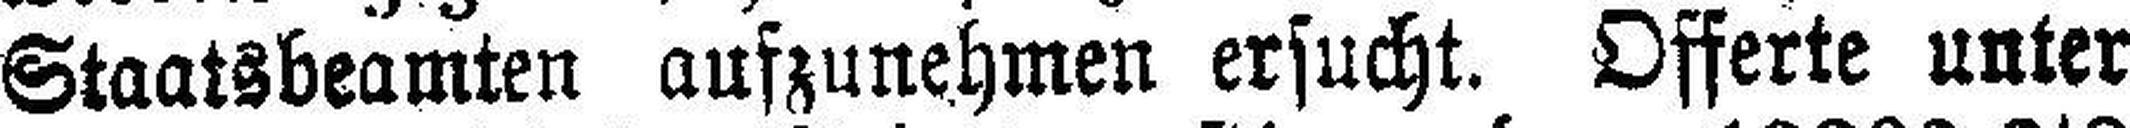
Staatsbeamten aufzunehmen ersucht. Offerte unter